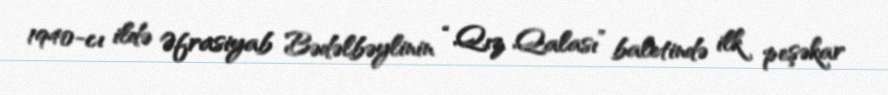
1940-cı ildə Əfrasiyab Bədəlbəylinin “Qız Qalası” baletində ilk peşəkar